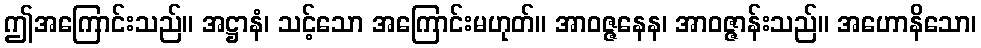
ဤအကြောင်းသည်။ အဋ္ဌာနံ၊ သင့်သော အကြောင်းမဟုတ်။ အာဝဇ္ဇနေန၊ အာဝဇ္ဇာန်းသည်။ အဟောနိသော၊